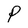
Character: P